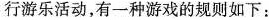
行游乐活动，有一种游戏的规则如下：